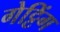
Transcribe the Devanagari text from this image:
गेट्टिंग